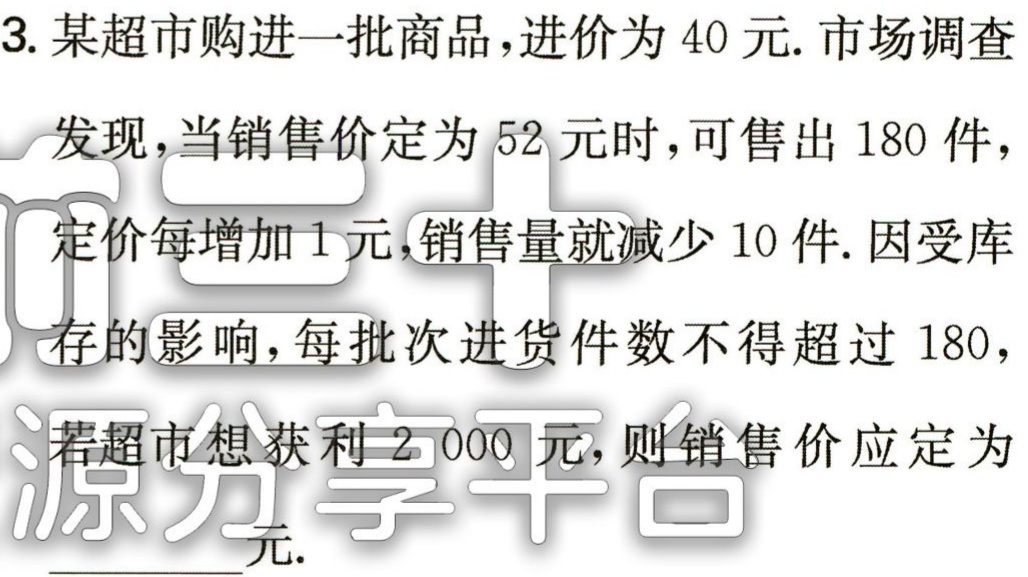
3. 某超市购进一批商品，进价为 40 元. 市场调查

发现，当销售价定为 52 元时，可售出 180 件，

定价每增加 1 元，销售量就减少 10 件. 因受库

存的影响，每批次进货件数不得超过 180，

若超市想获利 2 000 元，则销售价应定为

___元.